Rongu_vallavalitsus, lk 12
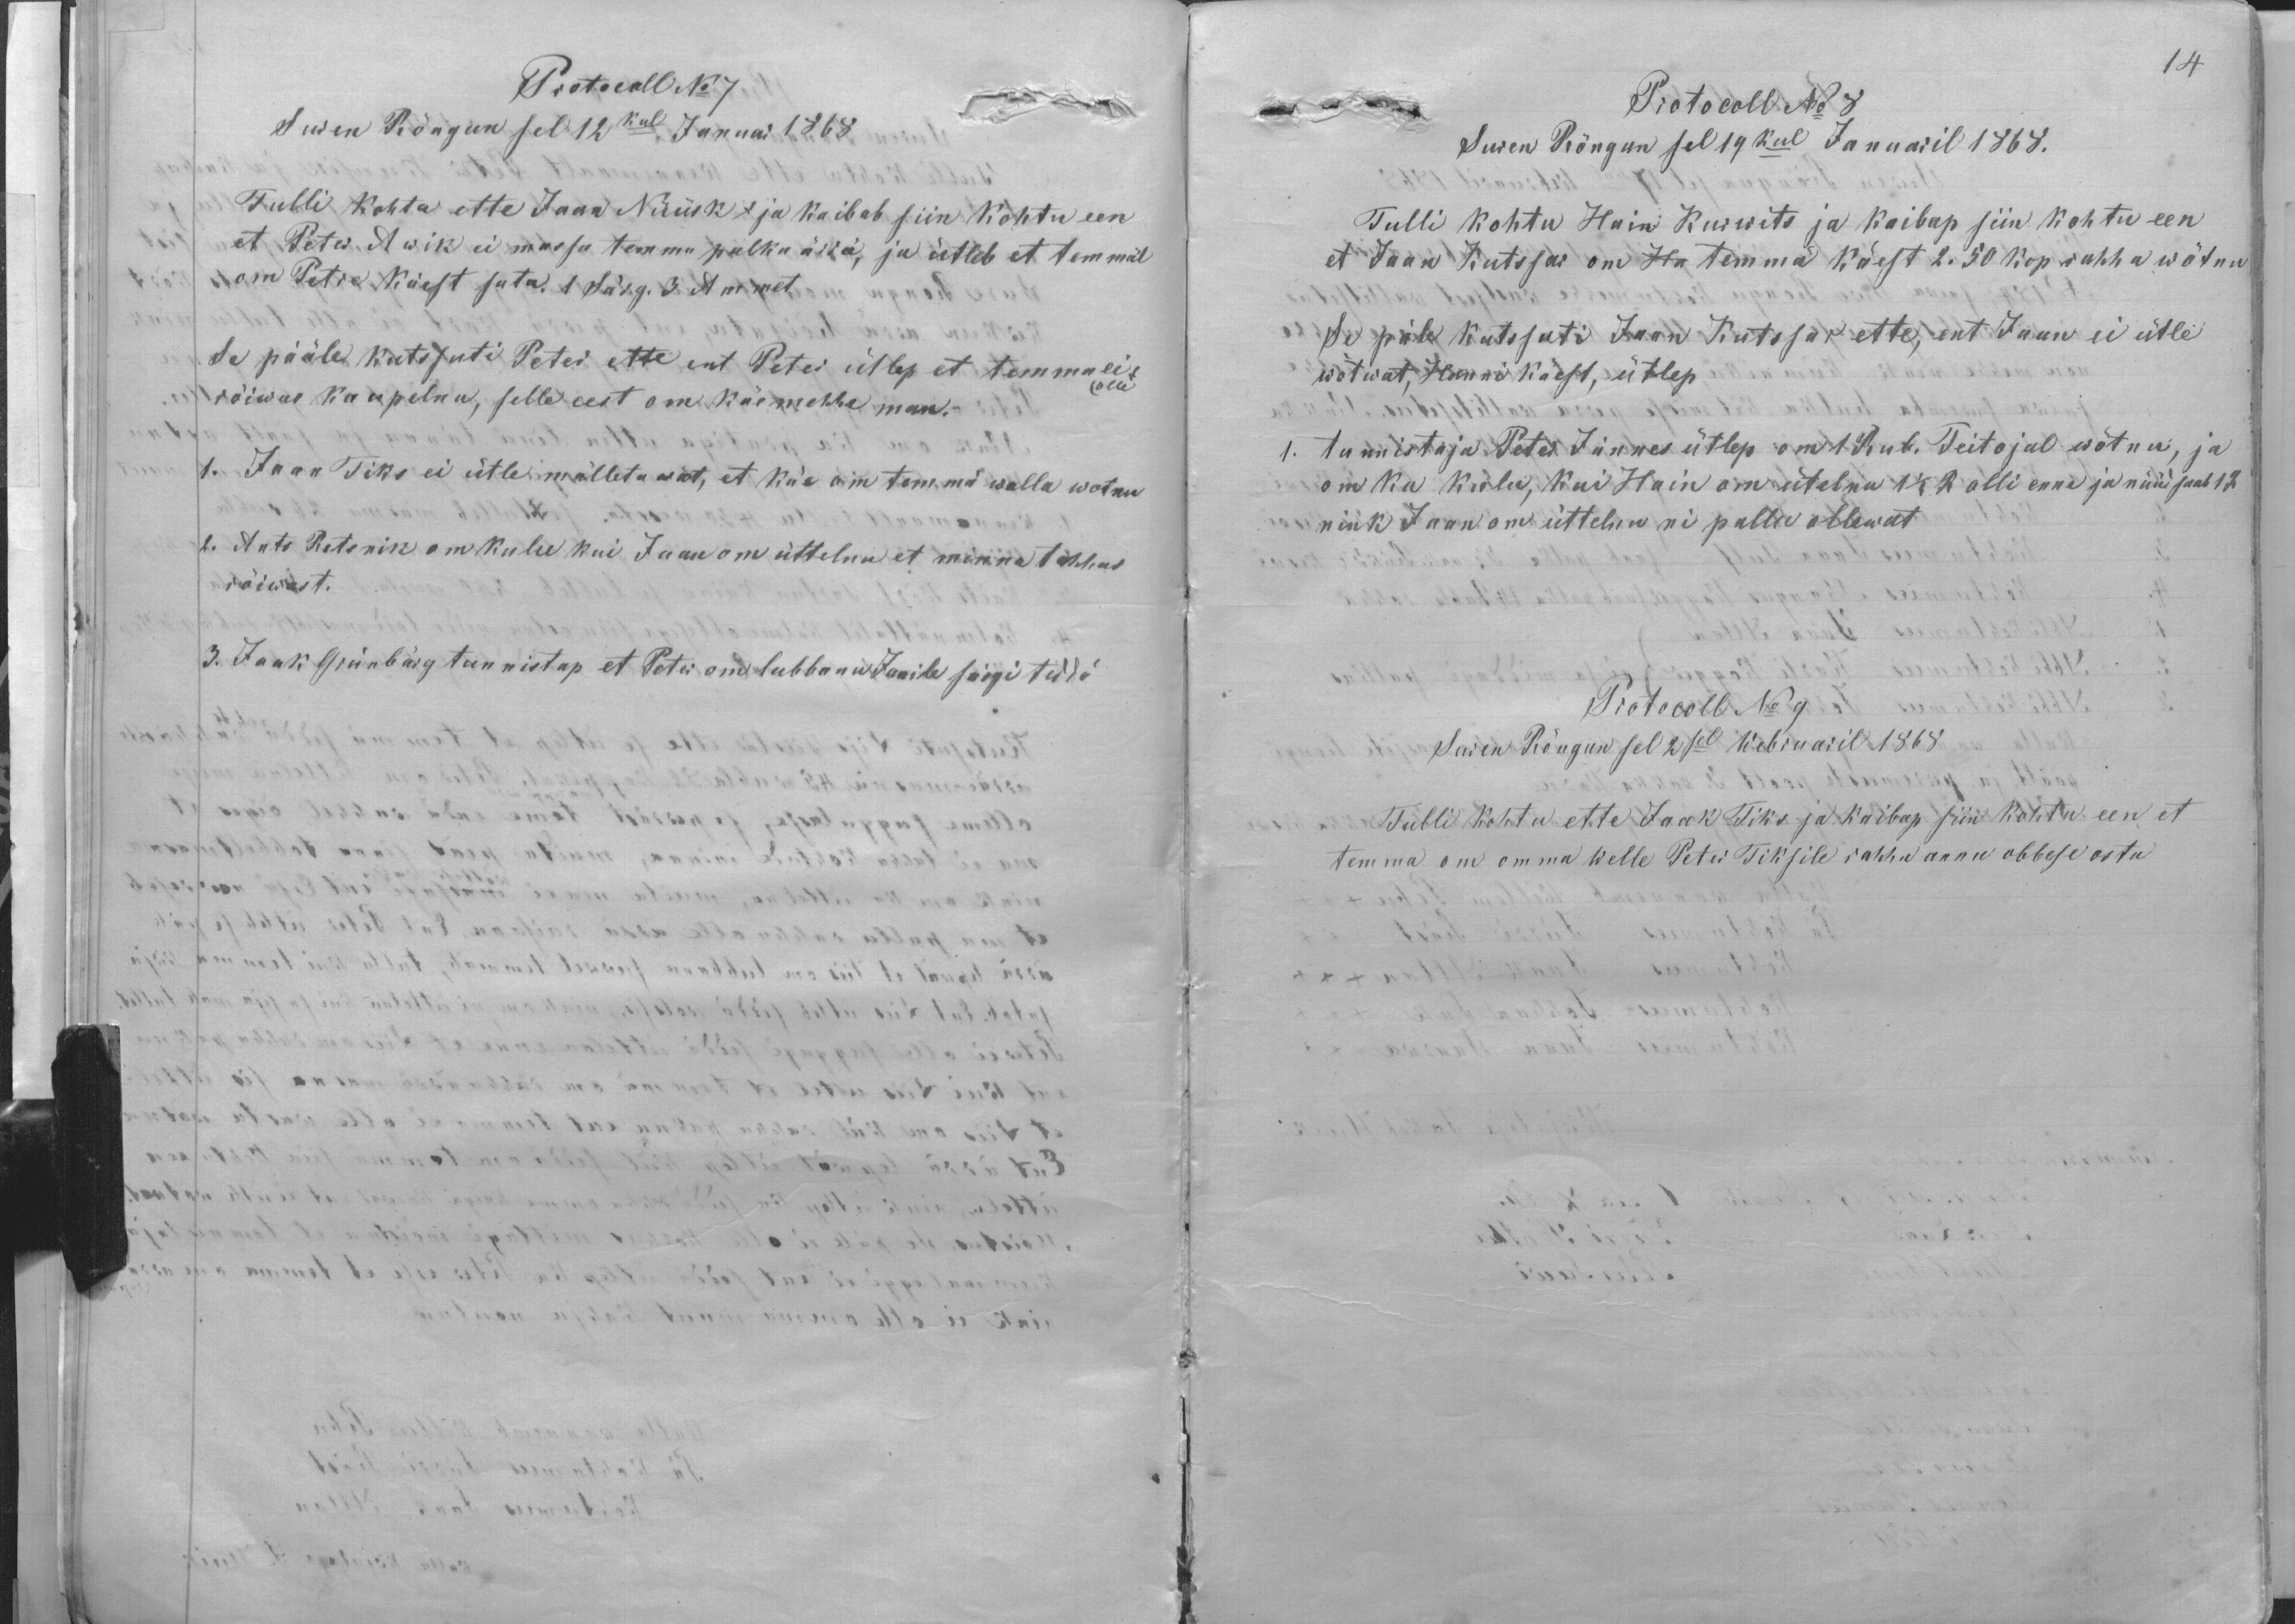
14

Protokoll No 7
Suren Rõngun sel 12kul Januar 1868
Tulli kohtu ette Jaan Nüüsk ja kaibab siin kohtu een
et Peter Awik ei massa temma palka ärrä, ja ütleb et temmäl
on Petre käest sata, 1 Särg. 3 Ammet
Se pääle kutssuti Peter ette ent Peter ütlep et temma ei (olle
rõiwas kaupelnu, selle eest om käemehhe man.
1. Jaan Tiks ei ütle mälletawat, et käe om temmä walla wotnu
2. Ants Retsnik om kulu kui Jaan om üttelnu et minna tahhas
rõiwast.
3. Jaak Grünbärg tunnistap et Peter on lubbanu Janile särgi teddä

Protocoll No 8
Suren Rõngun sel 19kul Januaril 1868.
Tulli kohtu Hain Kurwits ja kaibap siin kohtu een
et Jaak Kutssar om Ha temmä käest 2.50 kop rahha wõtnu
Se päle kutssuti Jaan Kutssar ette, ent Jaan ei ütle
wõtwat, Hanni käest, ütlep
1. tunnistaja Peter Jännes ütlep om 1 Rub. Teitojal wõtnu, ja
om ka kulu, kui Hain om ütelnu 1 1/2 R. olli enne ja nüüd saab 12
nink Jaan om üttelnu ni pallu ollewat
Protocoll No 9
Suren Rõngun sel 2sel Webruaril 1868
Tulli kohtu ette Jaak Tiks ja kaibap siin kohtu een et
temma om omma welle Peter Tiksile rahha annu obbese osta